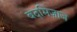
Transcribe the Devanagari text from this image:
बदमिज़ाज